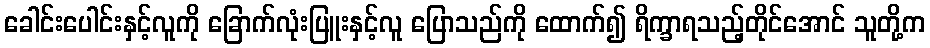
ခေါင်းပေါင်းနှင့်လူကို ခြောက်လုံးပြူးနှင့်လူ ပြောသည်ကို ထောက်၍ ရိက္ခာရသည့်တိုင်အောင် သူတို့က